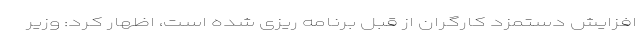
افزایش دستمزد کارگران از قبل برنامه ریزی شده است، اظهار کرد: وزیر